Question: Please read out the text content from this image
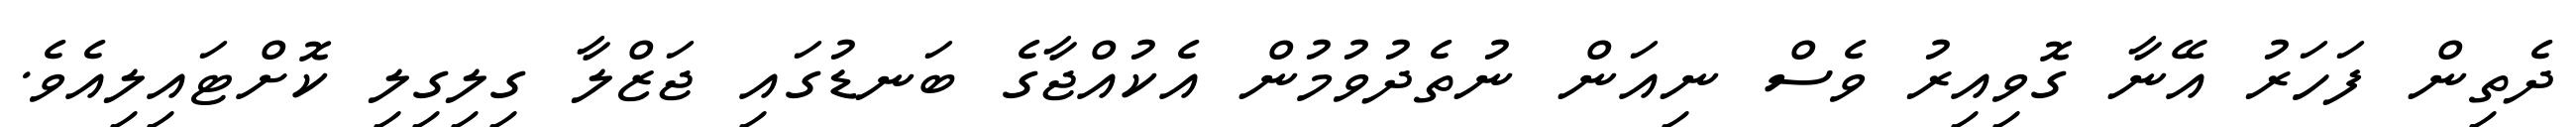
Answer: ދެތިން ފަހަރު އޭނާ ގޮވިއިރު ވެސް ނިއަން ނުތެދުވުމުން އެކުއްޖާގެ ބަނޑުގައި ޖަޒްލާ ގިލިގިލި ކޮށްޓައިލިއެވެ.